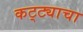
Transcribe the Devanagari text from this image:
कट्ट्याचा